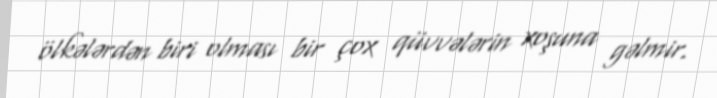
ölkələrdən biri olması bir çox qüvvələrin xoşuna gəlmir.